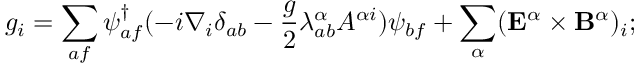
g _ { i } = \sum _ { a f } \psi _ { a f } ^ { \dagger } ( - i \nabla _ { i } \delta _ { a b } - \frac g 2 \lambda _ { a b } ^ { \alpha } A ^ { \alpha i } ) \psi _ { b f } + \sum _ { \alpha } ( { \bf E } ^ { \alpha } \times { \bf B } ^ { \alpha } ) _ { i } ;